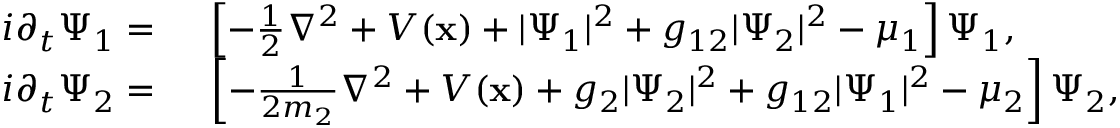
\begin{array} { r l } { i \partial _ { t } \Psi _ { 1 } = } & { { } \ \left[ - \frac { 1 } { 2 } \nabla ^ { 2 } + V ( \mathbf { x } ) + | \Psi _ { 1 } | ^ { 2 } + g _ { 1 2 } | \Psi _ { 2 } | ^ { 2 } - \mu _ { 1 } \right] \Psi _ { 1 } , } \\ { i \partial _ { t } \Psi _ { 2 } = } & { { } \ \left[ - \frac { 1 } { 2 m _ { 2 } } \nabla ^ { 2 } + V ( \mathbf { x } ) + g _ { 2 } | \Psi _ { 2 } | ^ { 2 } + g _ { 1 2 } | \Psi _ { 1 } | ^ { 2 } - \mu _ { 2 } \right] \Psi _ { 2 } , } \end{array}